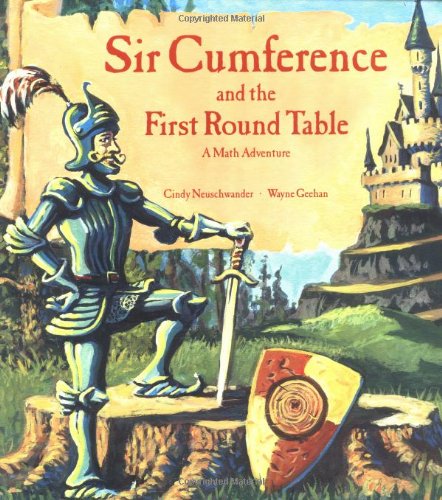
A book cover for Sir Cumference and the First Round Table (A Math Adventure); Cindy Neuschwander; Children's Books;